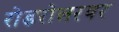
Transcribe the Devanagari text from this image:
रोडरोलरवर